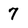
Character: 7